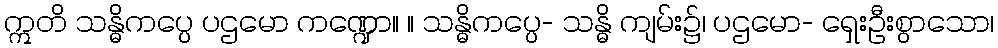
ဣတိ သန္ဓိကပ္ပေ ပဌမော ကဏ္ဍော။ ။ သန္ဓိကပ္ပေ- သန္ဓိ ကျမ်း၌၊ ပဌမော- ရှေးဦးစွာသော၊